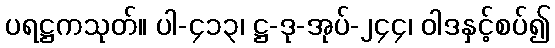
ပရဋ္ဌကသုတ်။ ပါ-၄၁၃၊ ဋ္ဌ-ဒု-အုပ်-၂၄၄၊ ဝါဒနှင့်စပ်၍